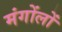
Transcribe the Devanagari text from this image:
मंगोंलों